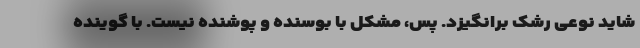
شاید نوعی رشک برانگیزد. پس، مشکل با بوسنده و پوشنده نیست. با گوینده